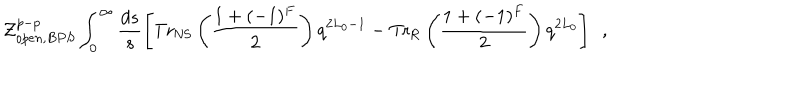
LaTeX: { \cal Z } _ { o p e n , B P S } ^ { p - p } \int _ { 0 } ^ { \infty } \frac { d s } { s } \left[ \mathrm { T r } _ { \mathrm { N S } } \left( \frac { 1 + ( - 1 ) ^ { F } } { 2 } \right) q ^ { 2 L _ { 0 } - 1 } - \mathrm { T r } _ { \mathrm { R } } \left( \frac { 1 + ( - 1 ) ^ { F } } { 2 } \right) q ^ { 2 L _ { 0 } } \right] ~ ~ ,